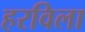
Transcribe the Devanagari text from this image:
हरविला